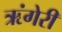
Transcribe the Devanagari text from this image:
ऋंगेरी